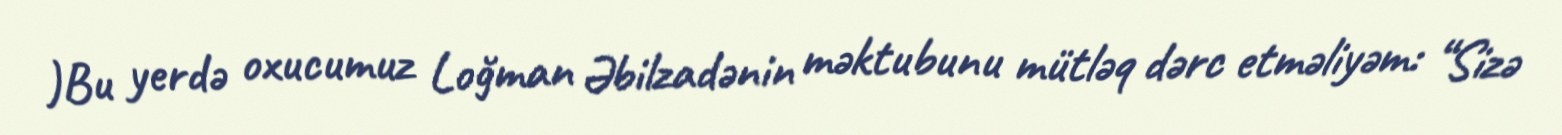
)Bu yerdə oxucumuz Loğman Əbilzadənin məktubunu mütləq dərc etməliyəm: “Sizə